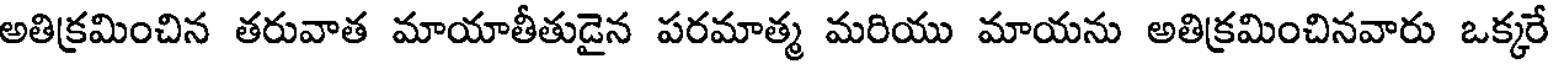
అతిక్రమించిన తరువాత మాయాతీతుడైన పరమాత్మ మరియు మాయను అతిక్రమించినవారు ఒక్కరే